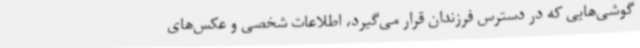
گوشی‌هایی که در دسترس فرزندان قرار می‌گیرد، اطلاعات شخصی و عکس‌های